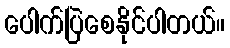
ပေါက်ပြဲစေနိုင်ပါတယ်။